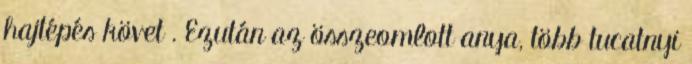
hajtépés követ . Ezután az összeomlott anya, több tucatnyi